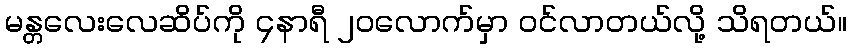
မန္တလေးလေဆိပ်ကို ၄နာရီ ၂၀လောက်မှာ ဝင်လာတယ်လို့ သိရတယ်။